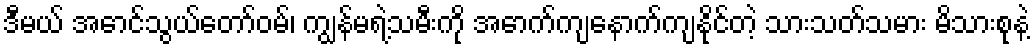
ဒီမယ် အောင်သွယ်တော်ဝမ်၊ ကျွန်မရဲ့သမီးကို အောက်ကျနောက်ကျနိုင်တဲ့ သားသတ်သမား မိသားစုနဲ့